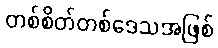
တစ်စိတ်တစ်ဒေသအဖြစ်